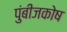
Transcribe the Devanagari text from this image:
पुंबीजकोष